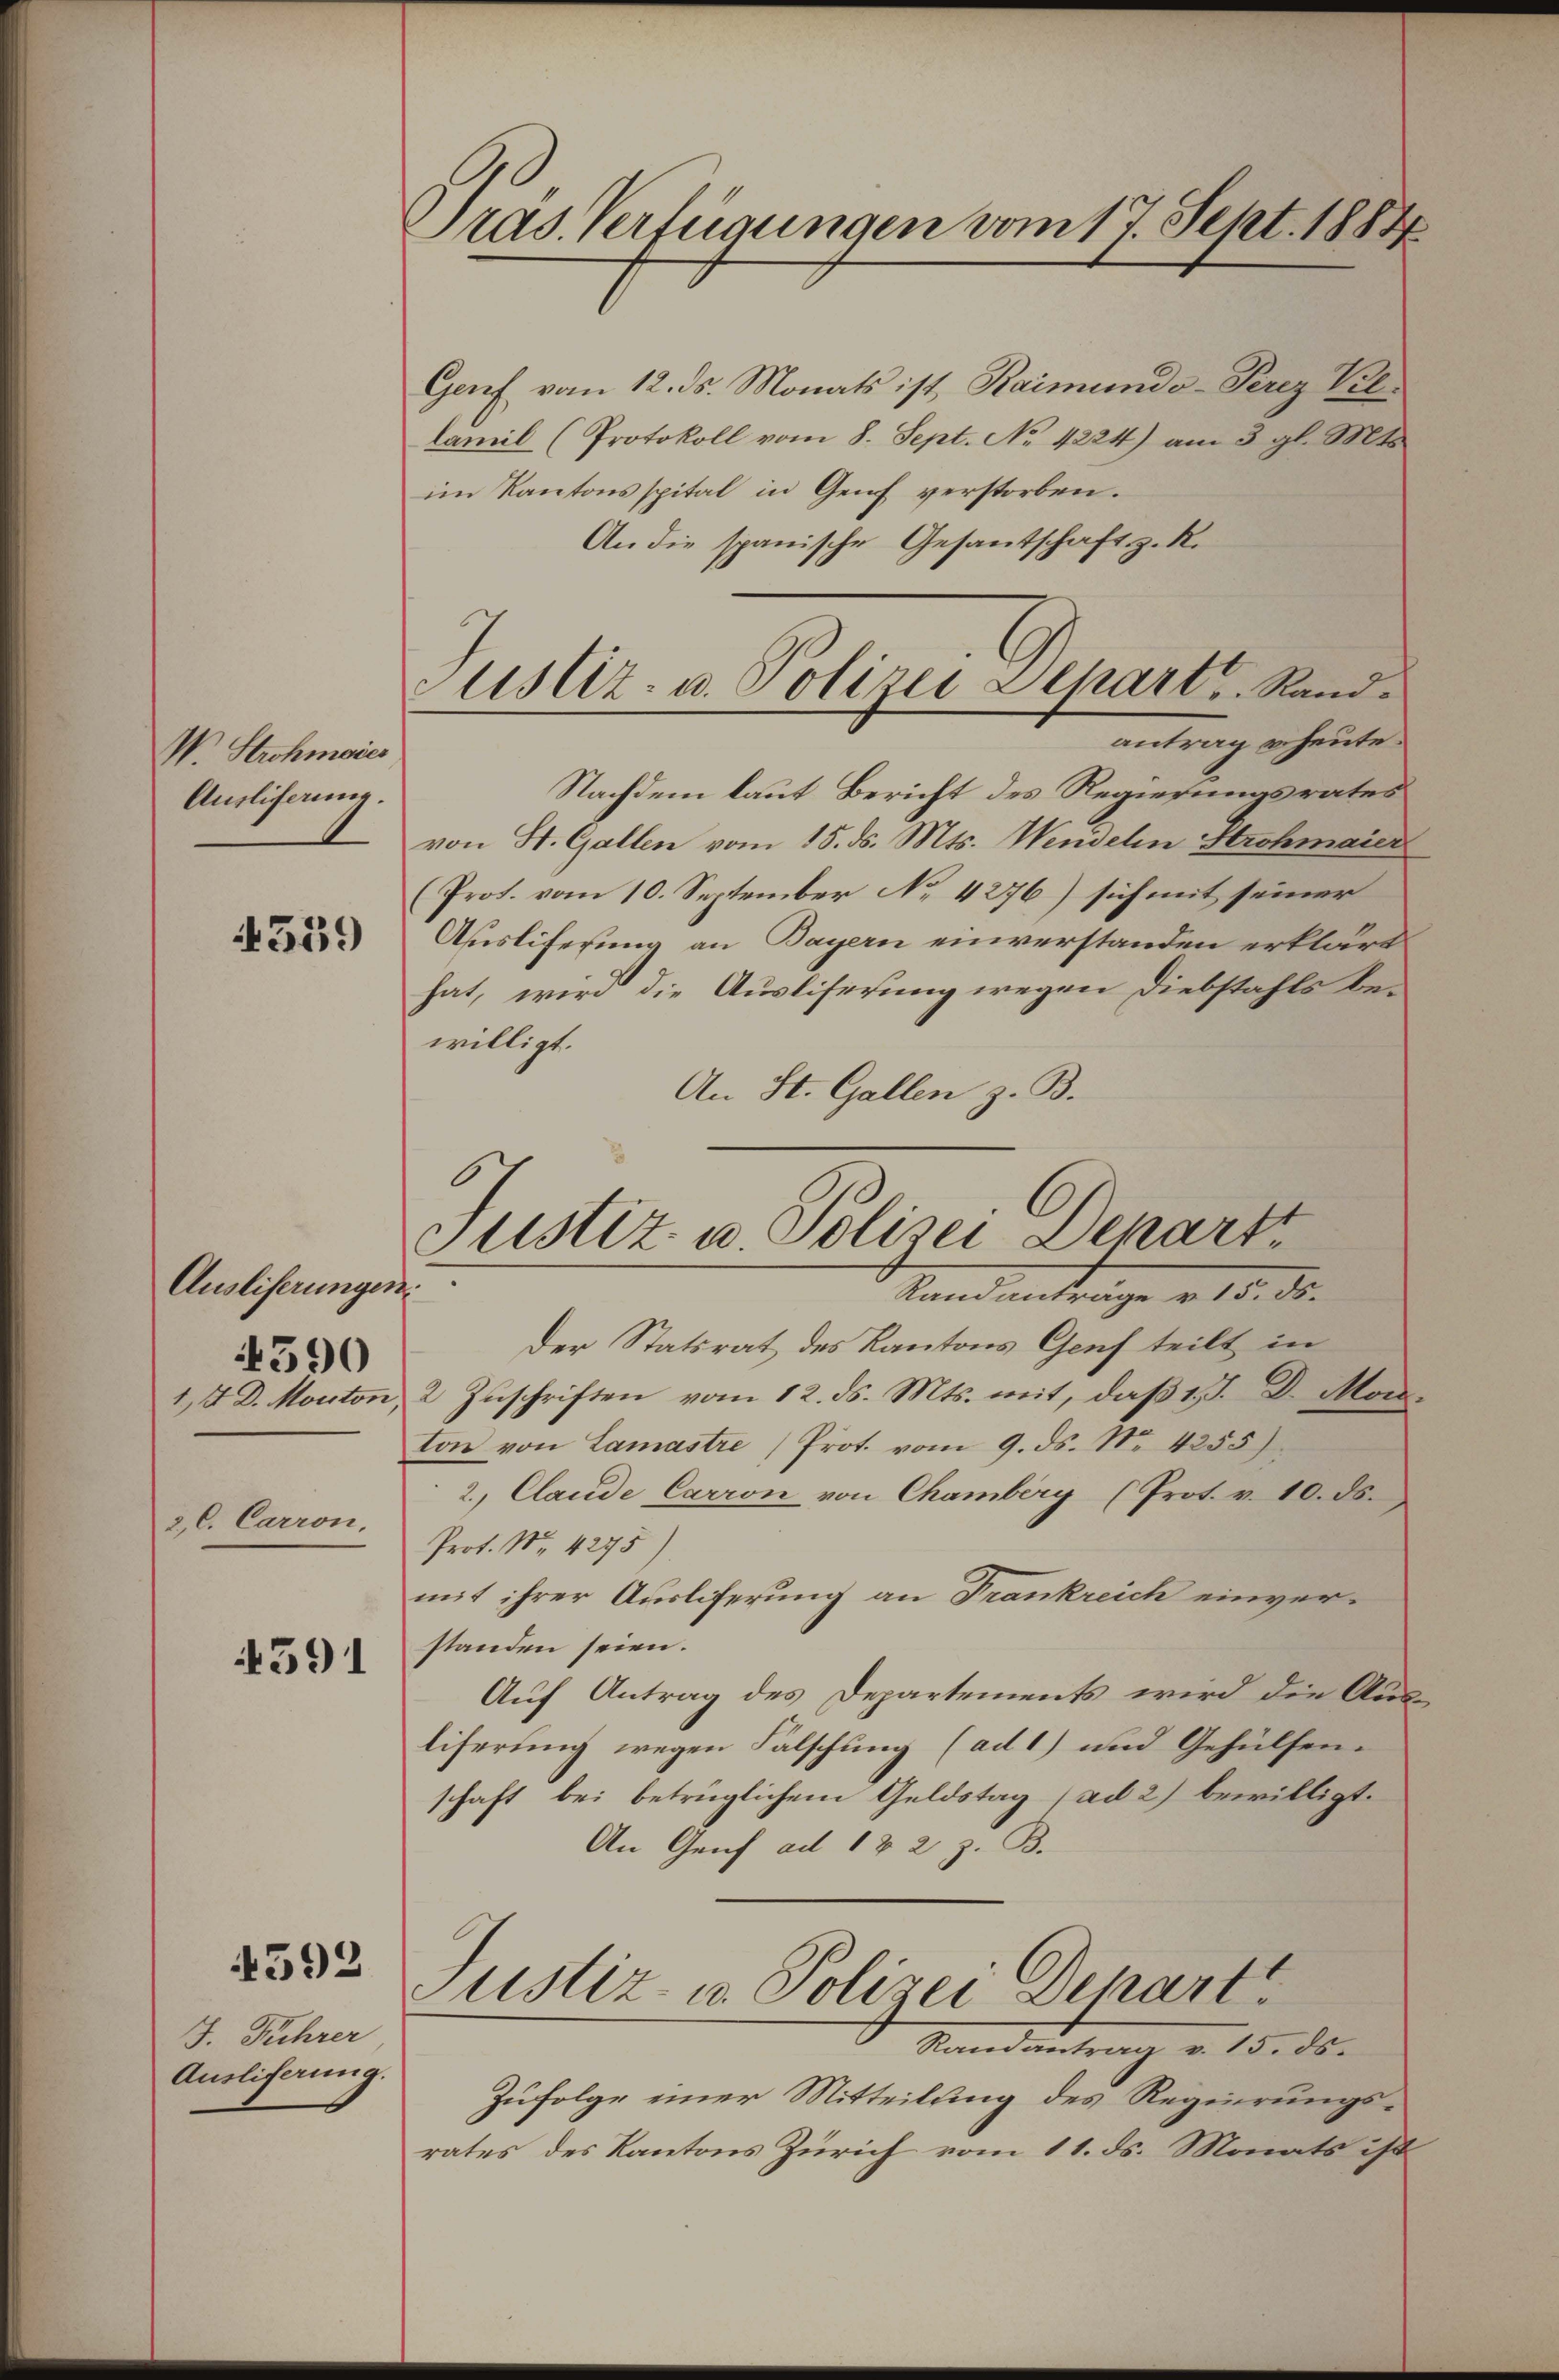
W. Strohmaier
Auslifanne.

4559

Ausliserungen.
4390
1,7 D. Monton,

2, C. Carron,

591

4592

J. Fuhrer
Auslicherung.

Pras Verfügungen vom 17 Sept. 1884

Genf vom 12. ds. Monats ist, Raimundo - Pirez Vil¬
Camil (Protokoll vom 8. Sept. No. 4224) am 3. gl. Mts.
im Kantonsspital in Genf verstorben.
An die spanische Gesandtschaft z. R.
Nachdem laut Bericht des Regierungsrates
von St. Gallen vom 15. ds. Mts. Wendelin Strohmaier
(Prot. vom 10. September No 4276) sich mit seiner
Ausliferung an Bayern einverstanden erklärt
hat, wird die Ausliferung wegen Diebstahls bewilligt.
An St. Gallen z. B.
.

Justiz- u. Polizei Separt, Randantrag u. heute.

Justiz u. Polizei Depart
f
Randantrage v. 15. ds.
Der Statsrat des Kantons Genf teilt in
2 Zuschriften vom 12. ds. Mts. mit, daß 1. J. D. Mon.

ton von Lamastre Prot. vom 9. ds. Nr. 4255)
2. Claude Carron von Chamberg (Prot. v. 10. ds.
Prot. No. 4275)
mit ihrer Ausliferung an Frankreich einver-
standen seien.
Auf Antrag des Departements wird die Aus-
liferung wegen Falschung (ad 1) und Gehülfen.
schaft bei betrüglichem Geldstag (ad 2) bewilligt.
An Genf ad 122 z. B.
Justiz- u. Polizei Depart
Randantrag v. 15. ds.
Zufolge einer Mitteilung des Regierungsrates des Kantons Zürich vom 11. ds. Monats ist